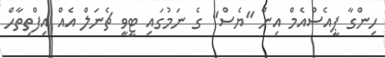
ހިންގާ ޕީއެސްއެމް އިން "ޔެސް" ގެ ނަމުގައި ޓީވީ ޗެނަލް އެއް އިފްތިތާހް